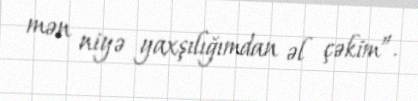
mən niyə yaxşılığımdan əl çəkim”.